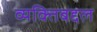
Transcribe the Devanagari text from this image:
व्यक्तिबद्दल